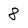
Character: 8